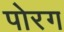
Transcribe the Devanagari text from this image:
पोरग